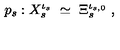
p _ { s } : X _ { s } ^ { \iota _ { s } } \ \simeq \ \Xi _ { s } ^ { \iota _ { s , 0 } } \ ,